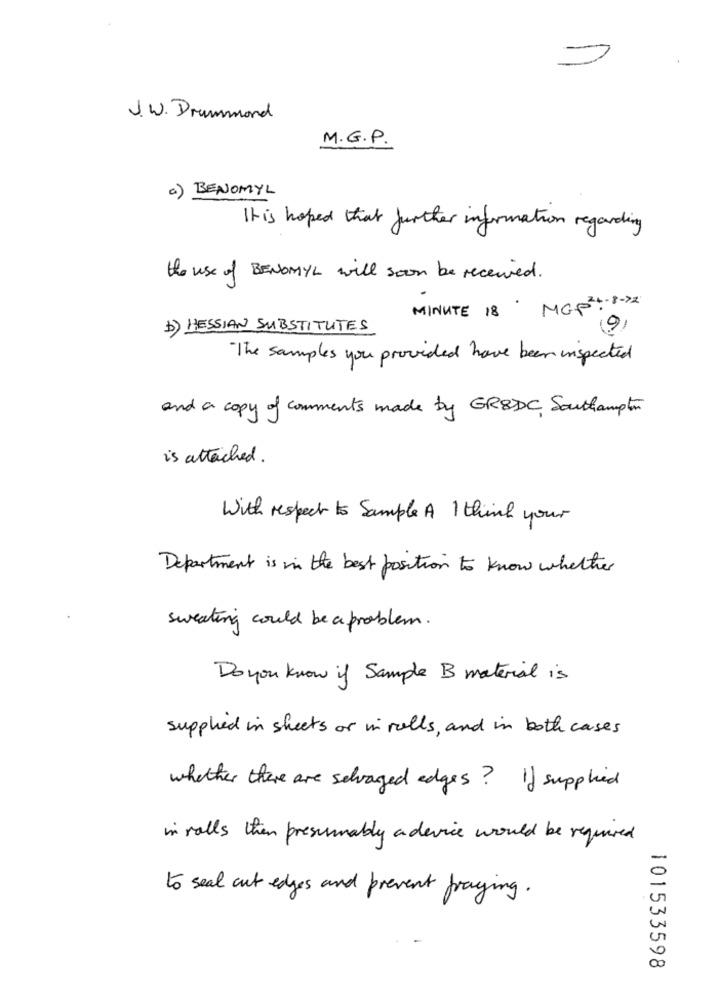
J.W. Drummond
M.G.P.
c) BENOMYL
It is hoped that further information regarding
the use of BENOMYL will soon be received .
MINUTE 18 MGP 2 . 8 ->2
b) HESSIAN SUBSTITUTES
9
"The samples you provided have been inspected
and a copy of comments made by GREDC Southampton
is attached .
With respect to Sample A I think your
Department is in the best position to know whether
sweating could be a problem.
Do you know if Sample B material is
supplied in sheets or in rolls, and in both cases
whether there are salvaged edges? If supplied
in rolls then presumably a device would be required
to seal cut edges and prevent praying.
101533598